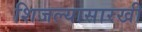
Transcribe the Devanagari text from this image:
शिजल्यासारखी